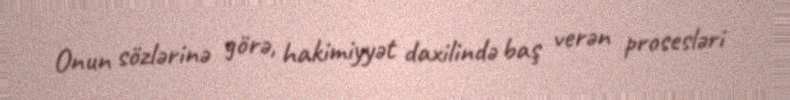
Onun sözlərinə görə, hakimiyyət daxilində baş verən prosesləri